Annual returns of the Patna Lunatic Asylum at Bankipore in Bihar and Orissa - 1912-1924
Year: 1912
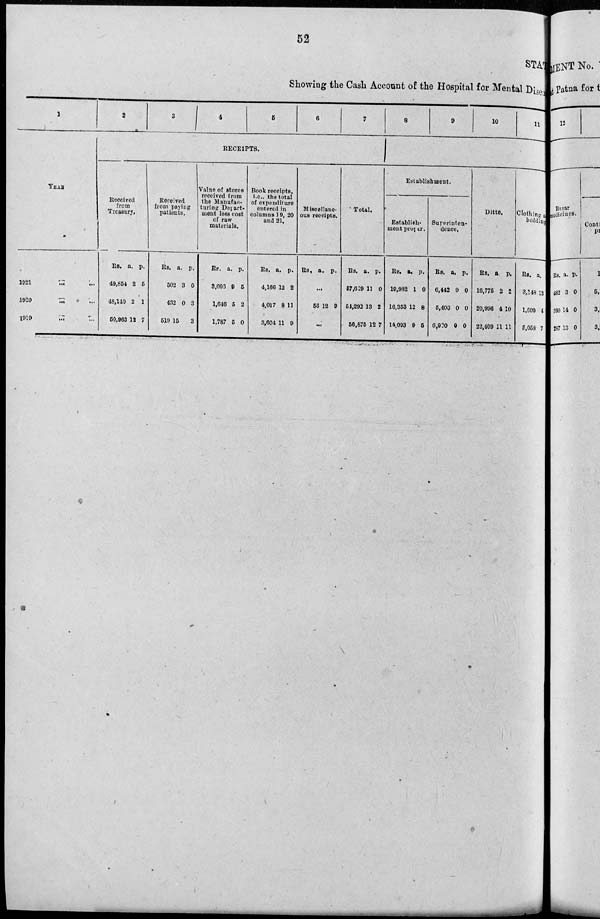
52
STATE
Showing the Cash Account of the Hospital for Mental Diseases
1
YEAR.
1921 ...
...
1920 ... ...
1919 ... ...
2
3
4
5
6
7
RECEIPTS.
Received
from
Treasury.
Rs.
49,854
48,140
50,963
a.
2
2
12
p.
5
1
7
Received
from paying
patients.
Rs.
502
432
519
a.
3
0
15
p.
0
3
3
Value of stores
received from
the Manufac-
turing Depart-
ment less cost
of raw
materials.
Rs.
3,096
1,646
1,787
a.
9
5
5
p.
5
2
0
Book receipts,
i.e., the total
of expenditure
entered in
columns 19, 20
and 21.
Rs.
4,166
4,017
3,604
a.
12
8
11
p.
2
11
9
Miscellane-
ous receipts.
Rs. a. p.
...
56 12
9
...
8
9
10
11
Total.
Rs.
57,619
54,292
56,875
a.
11
13
12
p.
0
2
7
Establishment.
Establish-
ment proper.
Rs.
19,982
16,353
14,093
a.
1
12
9
p.
0
8
5
Superinten-
dence.
Rs.
6,442
5,400
6,900
a.
0
0
0
p.
0
0
0
Ditto.
Rs.
16,775
20,996
22,409
a.
2
4
11
p.
2
10
11
Clothing and
bedding.
Rs.
3,148
1,609
5,058
a.
13
4
7